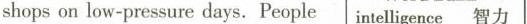
shops on low-pressure days, People